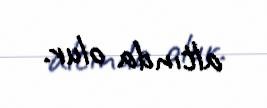
altında olur.